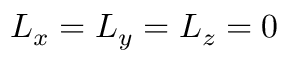
L _ { x } = L _ { y } = L _ { z } = 0